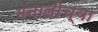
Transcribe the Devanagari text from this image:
मनालीच्या